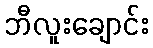
ဘီလူးချောင်း